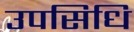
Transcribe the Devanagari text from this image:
उपसिधि